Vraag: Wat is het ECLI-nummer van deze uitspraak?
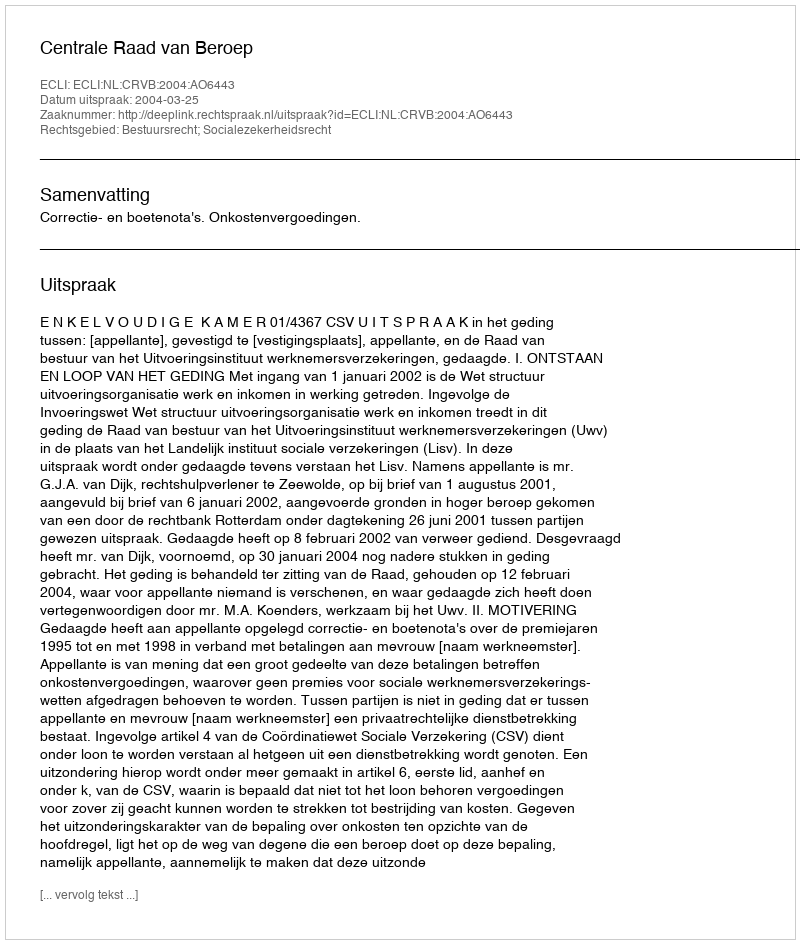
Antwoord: ECLI:NL:CRVB:2004:AO6443